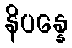
နိပန္နေ